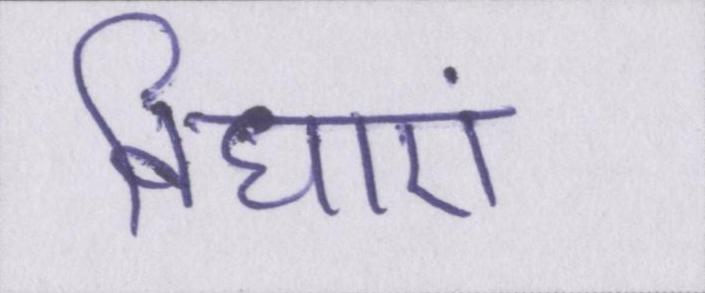
विधाएं